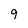
Character: 9